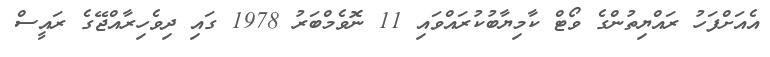
އެއަށްފަހު ރައްޔިތުންގެ ވޯޓް ކާމިޔާބުކުރައްވައި 11 ނޮވެމްބަރު 1978 ގައި ދިވެހިރާއްޖޭގެ ރައީސް